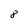
Character: 8